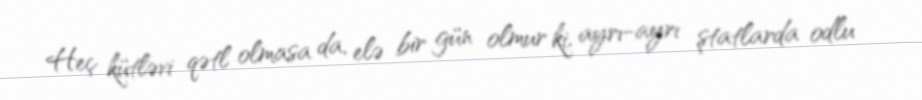
Heç kütləvi qətl olmasa da, elə bir gün olmur ki, ayrı-ayrı ştatlarda odlu